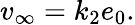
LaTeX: v_{\infty}=k_{2}e_{0}.